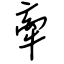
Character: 牽